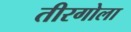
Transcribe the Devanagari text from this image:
तीरगोला